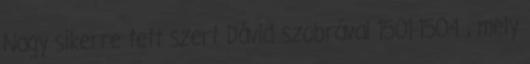
Nagy sikerre tett szert Dávid szobrával 1501-1504 , mely